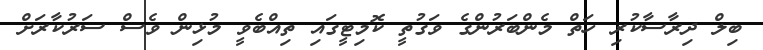
ބިލް ދިރާސާކުރި ހަތް މެންބަރުންގެ ވަގުތީ ކޮމިޓީގައި ތިއްބެވީ މުޅިން ވެސް ސަރުކާރަށް